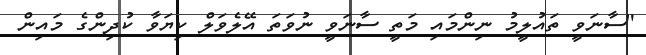
"ސާނަވީ ތައުލީމު ނިންމައި މަތީ ސާނަވީ ނުވަތަ އޭލެވަލް ކިޔަވާ ކުދިންގެ މައިން